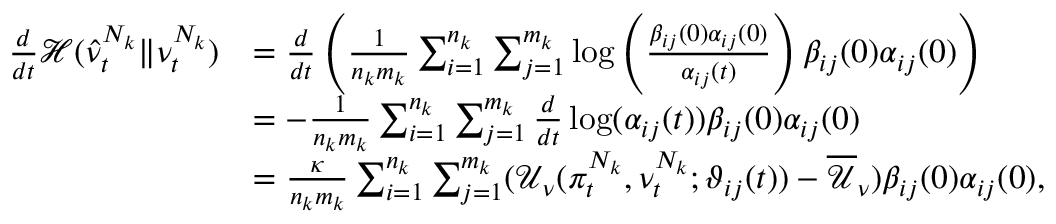
\begin{array} { r l } { \frac { d } { d t } \mathcal { H } ( \hat { \nu } _ { t } ^ { N _ { k } } \lVert \nu _ { t } ^ { N _ { k } } ) } & { = \frac { d } { d t } \left( \frac { 1 } { n _ { k } m _ { k } } \sum _ { i = 1 } ^ { n _ { k } } \sum _ { j = 1 } ^ { m _ { k } } \log \left( \frac { \beta _ { i j } ( 0 ) \alpha _ { i j } ( 0 ) } { \alpha _ { i j } ( t ) } \right) \beta _ { i j } ( 0 ) \alpha _ { i j } ( 0 ) \right) } \\ & { = - \frac { 1 } { n _ { k } m _ { k } } \sum _ { i = 1 } ^ { n _ { k } } \sum _ { j = 1 } ^ { m _ { k } } \frac { d } { d t } \log ( \alpha _ { i j } ( t ) ) { \beta } _ { i j } ( 0 ) \alpha _ { i j } ( 0 ) } \\ & { = \frac { \kappa } { n _ { k } m _ { k } } \sum _ { i = 1 } ^ { n _ { k } } \sum _ { j = 1 } ^ { m _ { k } } ( \mathcal { U } _ { \nu } ( \pi _ { t } ^ { N _ { k } } , \nu _ { t } ^ { N _ { k } } ; \vartheta _ { i j } ( t ) ) - \overline { { \mathcal { U } } } _ { \nu } ) \beta _ { i j } ( 0 ) \alpha _ { i j } ( 0 ) , } \end{array}